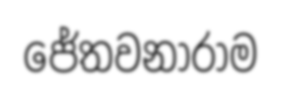
ජේතවනාරාම